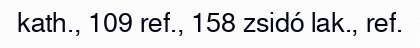
kath., 109 ref., 158 zsidó lak., ref.